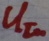
Text: UIn